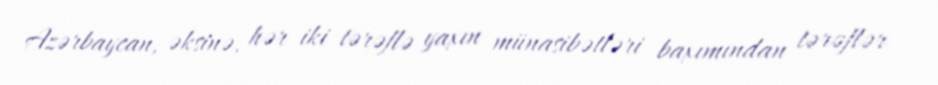
Azərbaycan, əksinə, hər iki tərəflə yaxın münasibətləri baxımından tərəflər